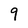
Character: 9